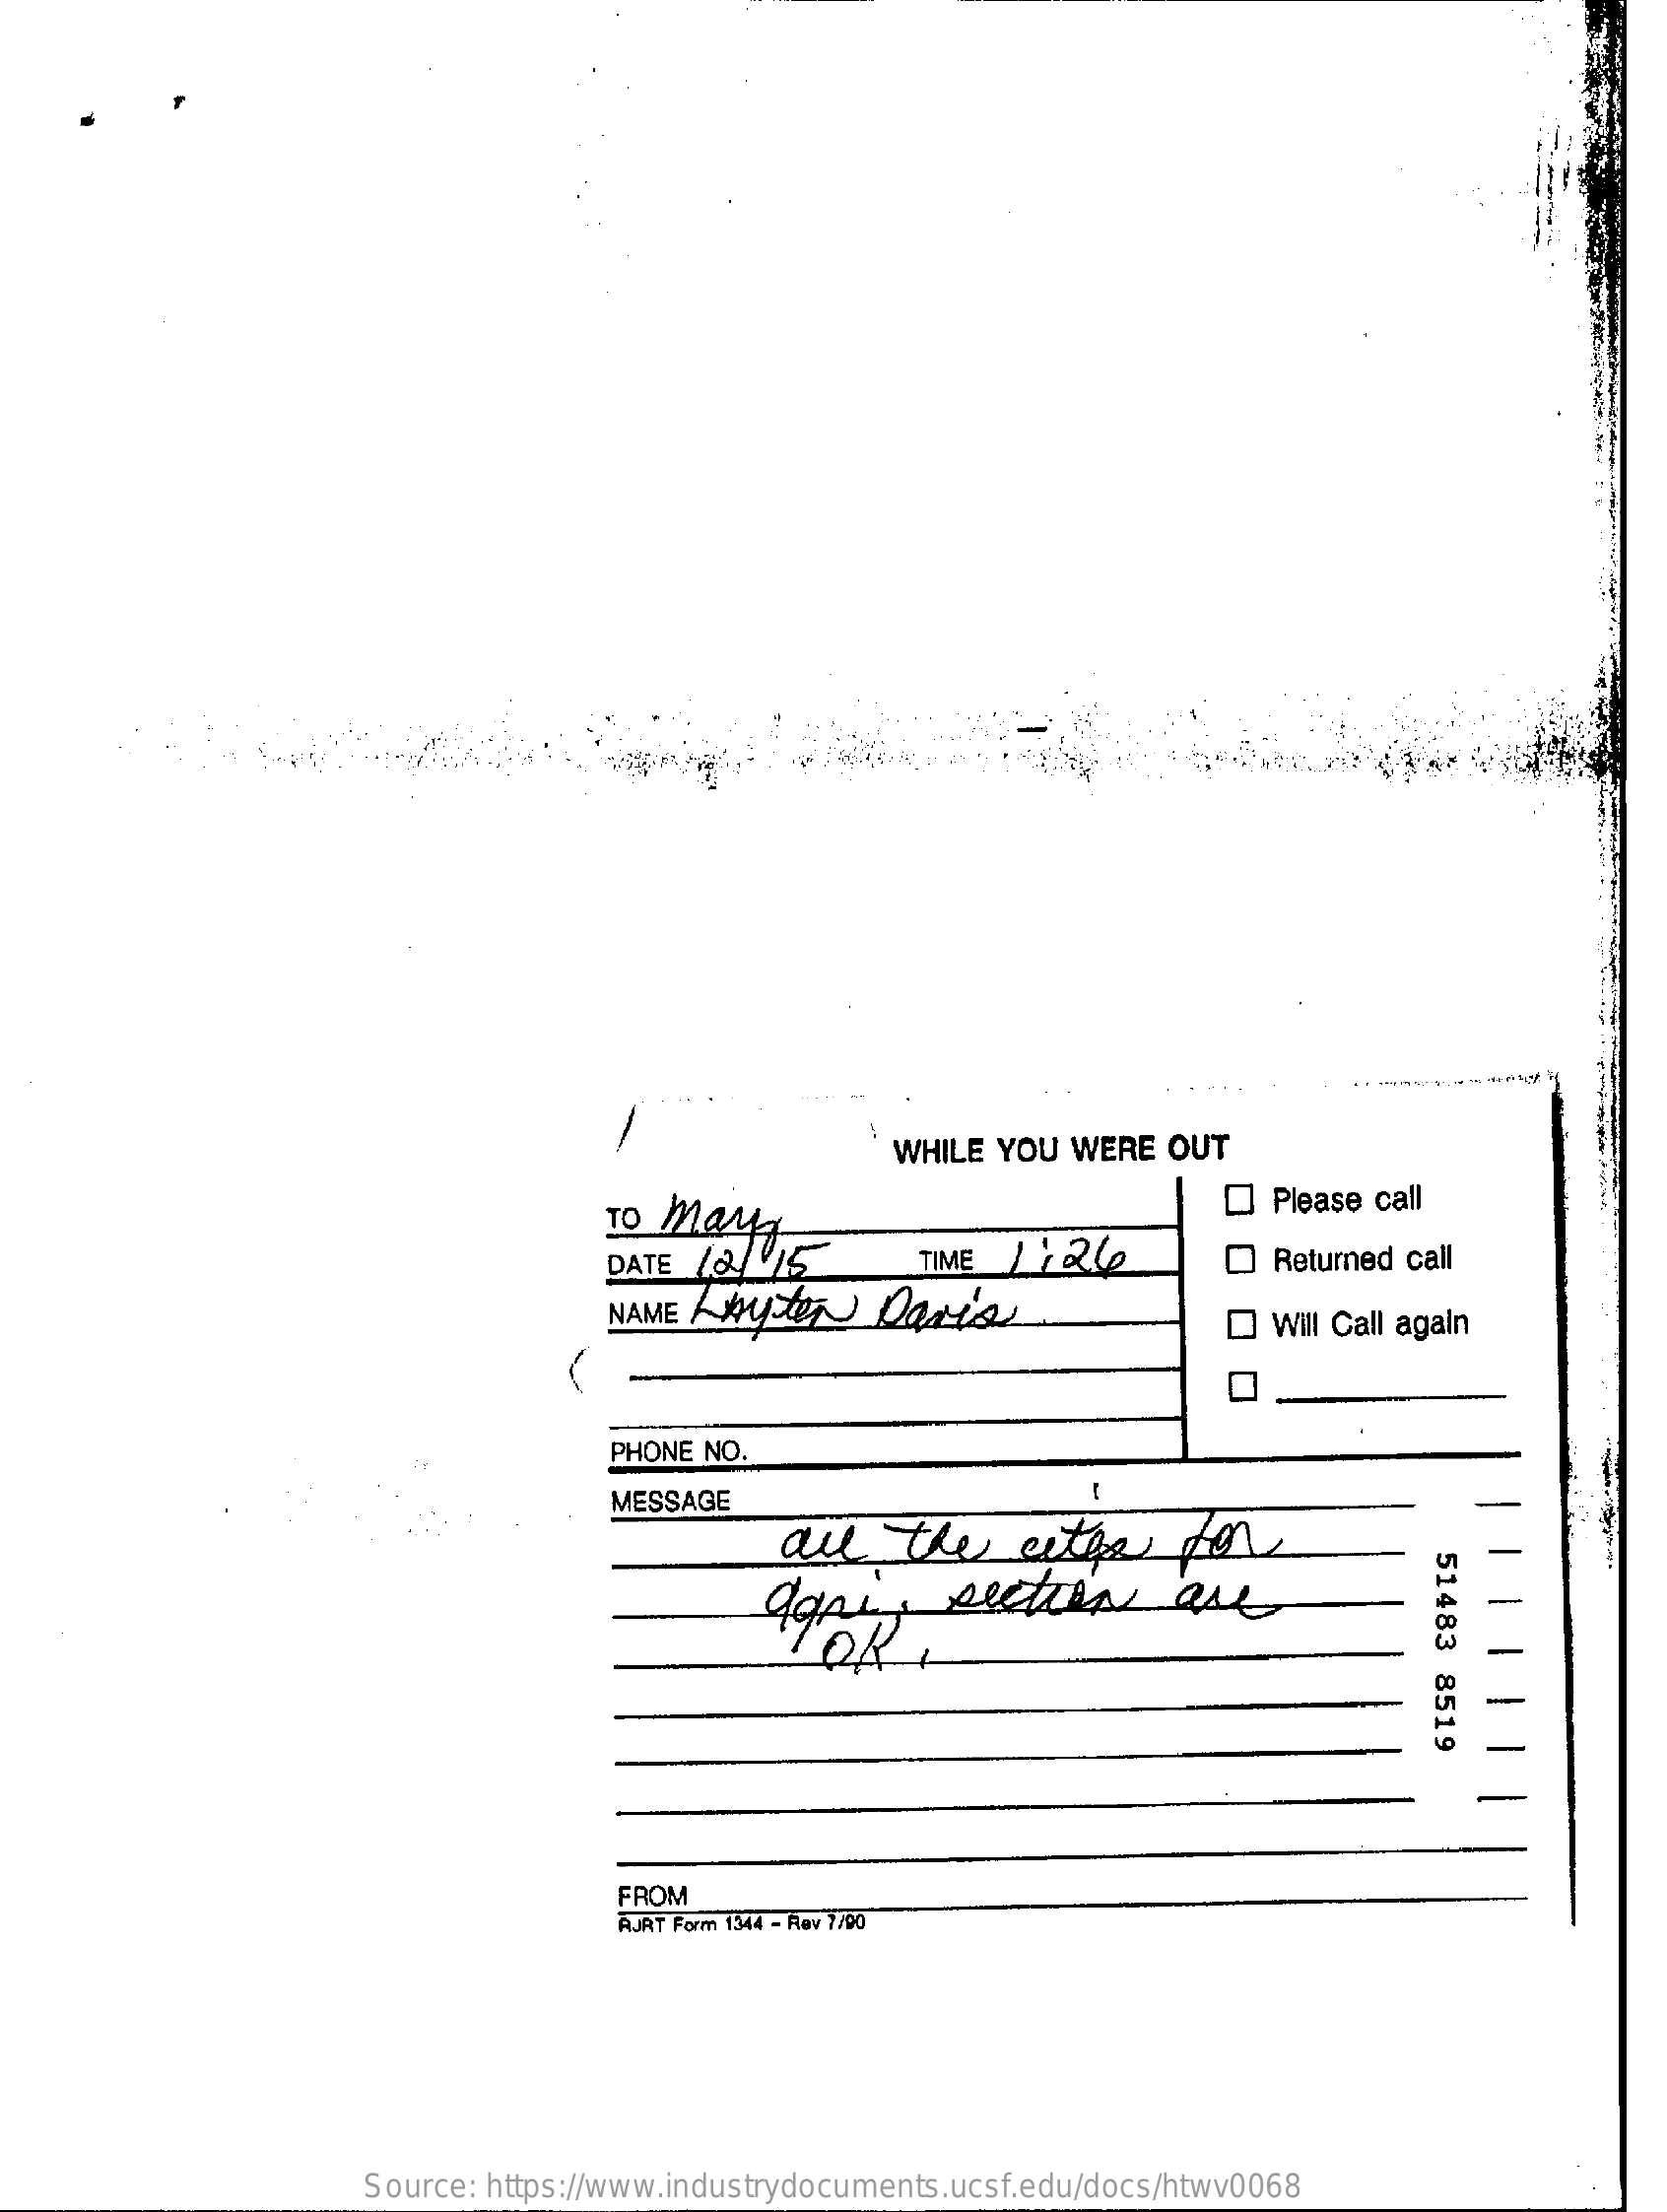
WHILE YOU  WERE  OUT
     TO Mayy
     Please call
     DATE 12/  15    TIME  1124
     NAME / Autor    Daris
     Returned call
     Will Call again
     PHONE NO.
     -
     MESSAGE
     all    the    sites    for
     51483
     8519 -
     FROM
     AJRT Form 1344 - Rev 7/00
     Source: https://www.industrydocuments.ucsf.edu/docs/htwv0068